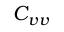
C _ { v v }